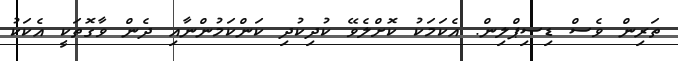
ތަރިން ވެސް ޑިސިޕްލިން. އެކަމަކު ކޮށްލެވޭ ކުދިކުދި ކަންކަމުންނާއި ދެން ވާގޮތަކީ އެކަކު